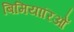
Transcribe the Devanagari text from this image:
बिमियारिओं